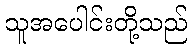
သူအပေါင်းတို့သည်